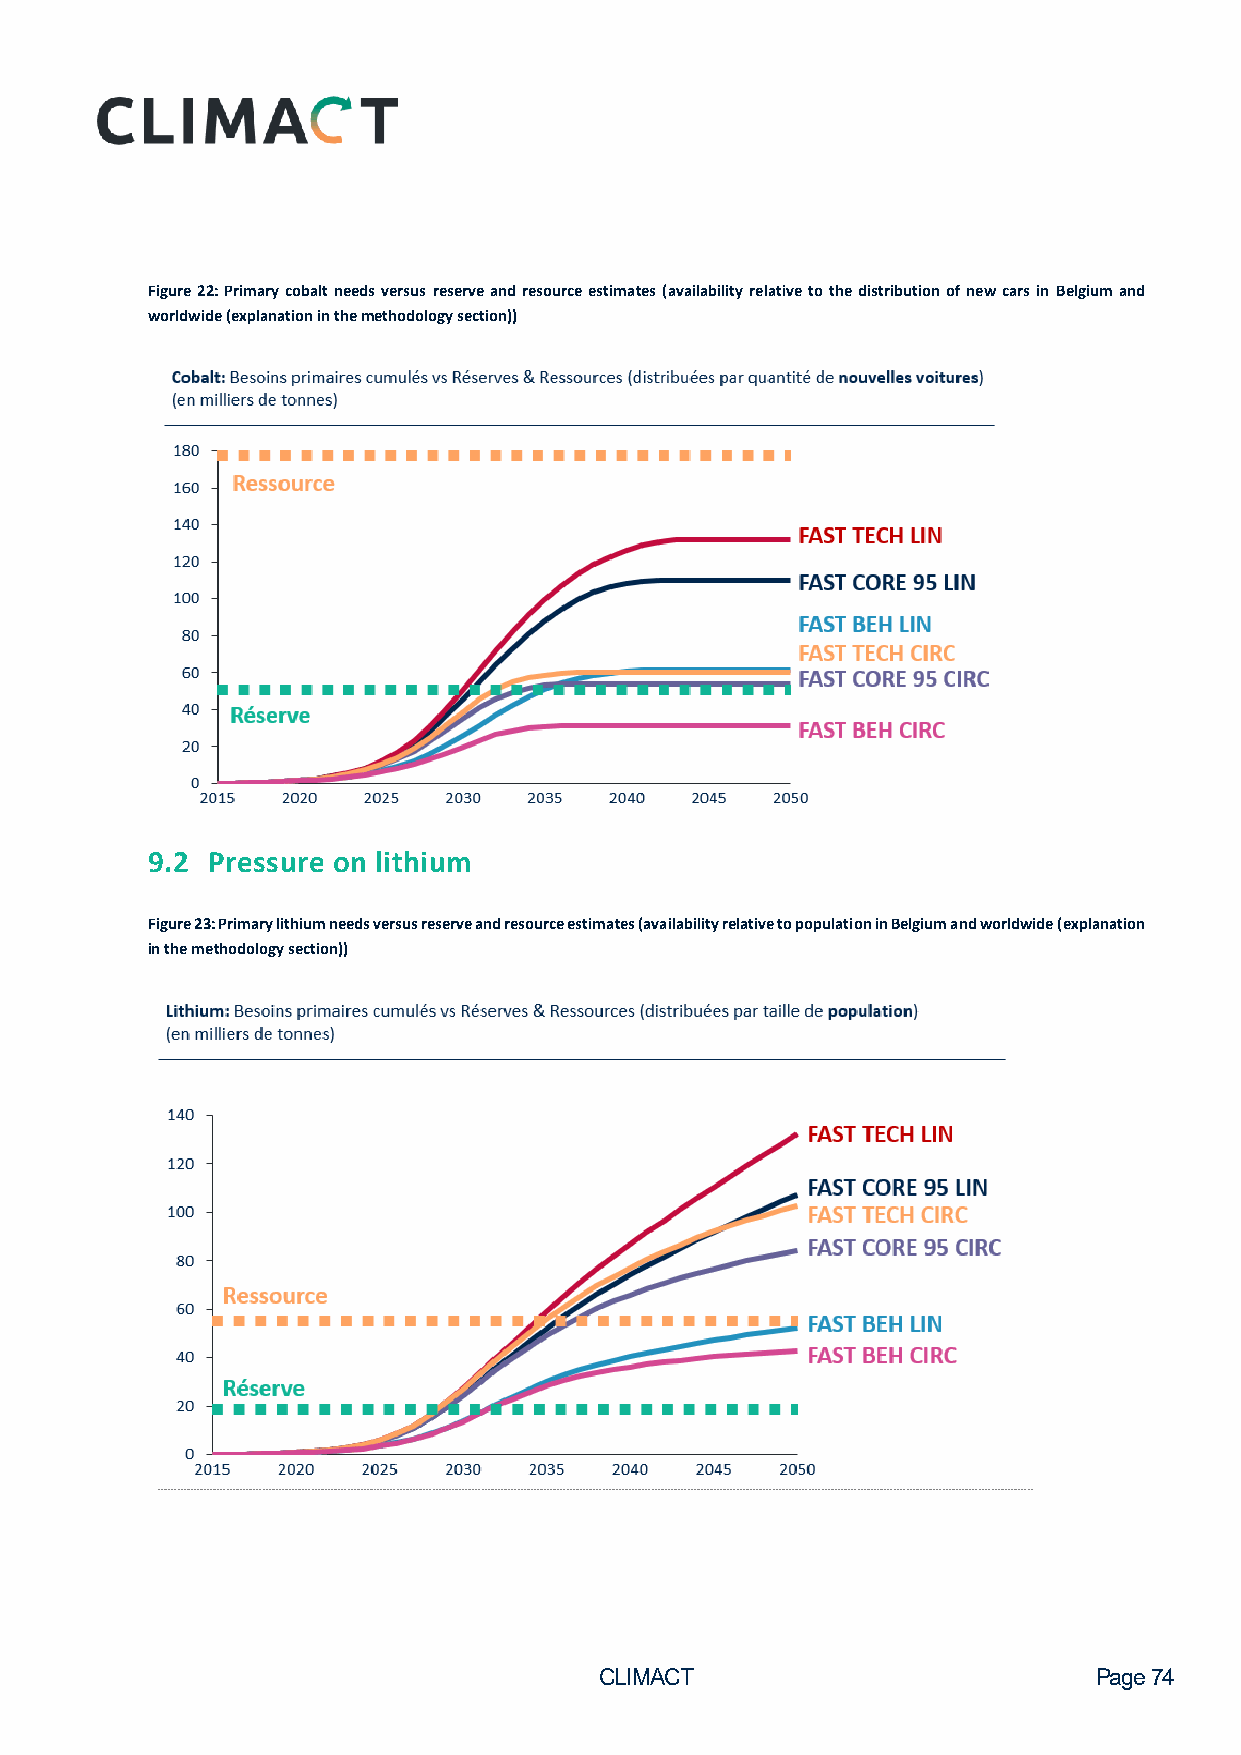
Figure 22: Primary cobalt needs versus reserve and resource estimates (availability relative to the distribution of new cars in Belgium and
 worldwide (explanation in the methodology section))
 9.2 Pressure on lithium
 Figure 23: Primary lithium needs versus reserve and resource estimates (availability relative to population in Belgium and worldwide (explanation
 in the methodology section))
 CLIMACT                         Page 74